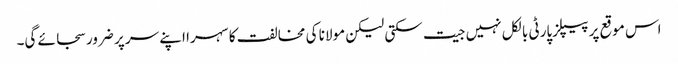
اس موقع پر پیپلزپارٹی بالکل نہیں جیت سکتی لیکن مولانا کی مخالفت کا سہرا اپنے سر پر ضرور سجائے گی۔